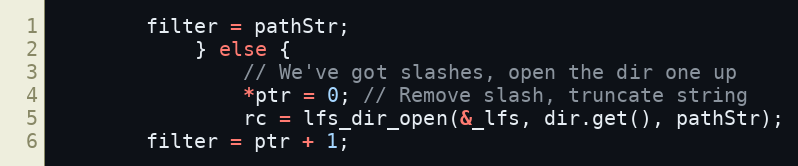
Language: C++
		filter = pathStr;
            } else {
                // We've got slashes, open the dir one up
                *ptr = 0; // Remove slash, truncate string
                rc = lfs_dir_open(&_lfs, dir.get(), pathStr);
		filter = ptr + 1;